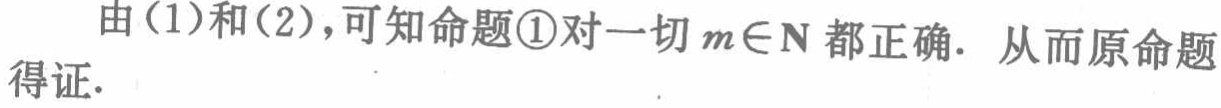
由(1)和(2)，可知命题\textcircled{1}对一切\(m\in\mathbb{N}\)都正确. 从而原命题得证.